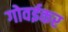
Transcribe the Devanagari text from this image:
गोवईकर